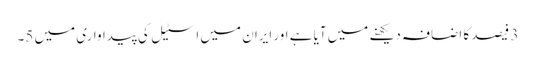
3 فیصد کا اضافہ دیکھنے میں آیا ہے اور ایران میں اسٹیل کی پیداواری میں 5۔